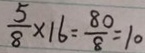
\frac { 5 } { 8 } \times 1 6 = \frac { 8 0 } { 8 } = 1 0